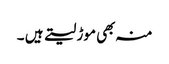
منہ بھی موڑ لیتے ہیں ۔